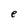
Character: e